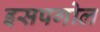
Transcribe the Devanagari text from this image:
इसपगोल